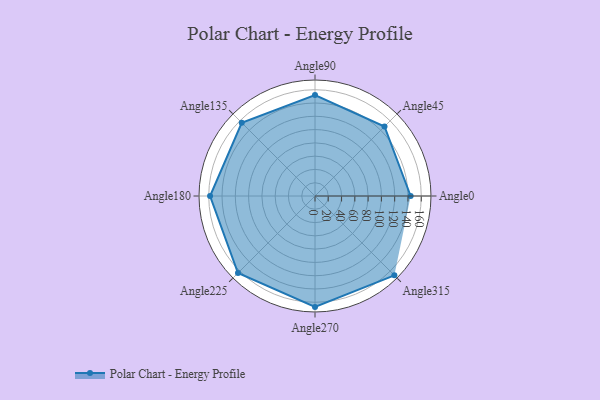
{"axis": {"x": "Angle", "y": "Radius"}, "legend": [""], "data": [{"x": "Angle0", "y": 144.0, "type": ""}, {"x": "Angle45", "y": 148.0, "type": ""}, {"x": "Angle90", "y": 152.0, "type": ""}, {"x": "Angle135", "y": 156.0, "type": ""}, {"x": "Angle180", "y": 158.0, "type": ""}, {"x": "Angle225", "y": 164.0, "type": ""}, {"x": "Angle270", "y": 167.0, "type": ""}, {"x": "Angle315", "y": 169.0, "type": ""}]}